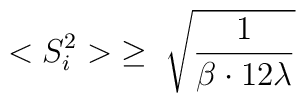
<S_i^2>\; \ge\; {\sqrt \frac{1}{\beta \cdot 12 \lambda}}